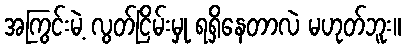
အကြွင်းမဲ့ လွတ်ငြိမ်းမှု ရရှိနေတာလဲ မဟုတ်ဘူး။